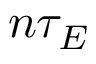
n \tau _ { E }